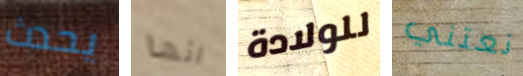
يحدث انها للولادة نعتني